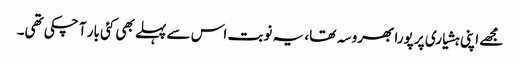
مجھے اپنی ہشیاری پر پورا بھروسہ تھا، یہ نوبت اس سے پہلے بھی کئی بار آ چکی تھی۔